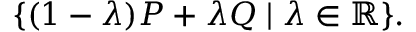
\{ ( 1 - \lambda ) P + \lambda Q \mid \lambda \in \mathbb { R } \} .